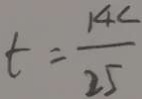
t = \frac { 1 4 c } { 2 5 }